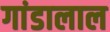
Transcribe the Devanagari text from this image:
गांडालाल